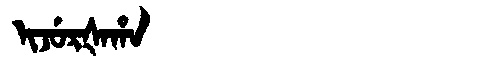
Manchu: ᡳᠵᡠᡵᡧᠠᡥᠠ
Romanization: IJURŠAHA